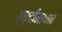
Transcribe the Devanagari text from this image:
बुध्दीमापन